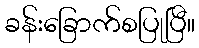
ခန်းခြောက်စပြုပြီ။